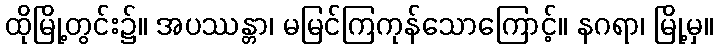
ထိုမြို့တွင်း၌။ အပဿန္တာ၊ မမြင်ကြကုန်သောကြောင့်။ နဂရာ၊ မြို့မှ။